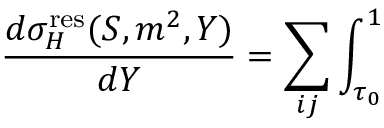
\frac { d \sigma _ { H } ^ { \mathrm { r e s } } ( S , m ^ { 2 } , Y ) } { d Y } = \sum _ { i j } \int _ { \tau _ { 0 } } ^ { 1 }